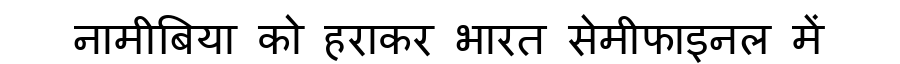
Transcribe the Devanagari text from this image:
नामीबिया को हराकर भारत सेमीफाइनल में